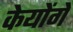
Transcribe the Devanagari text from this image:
केयोंगे